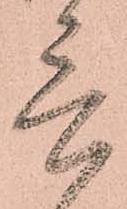
言